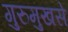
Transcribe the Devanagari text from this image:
गुरुमुखसे